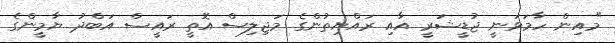
"މއިން ހާމަވަނީ ޖުޑީޝަރީ އާއި ރައްޔިތުންގެ މަޖިލިސް އޮތީ ރައީސް އަބްދު ޔާމީންގެ